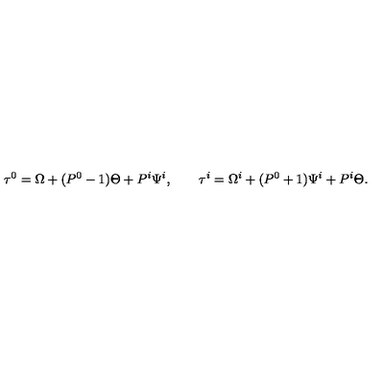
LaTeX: \tau ^ { 0 } = \Omega + ( P ^ { 0 } - 1 ) \Theta + P ^ { i } \Psi ^ { i } , \qquad \tau ^ { i } = \Omega ^ { i } + ( P ^ { 0 } + 1 ) \Psi ^ { i } + P ^ { i } \Theta .